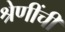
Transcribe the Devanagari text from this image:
श्रेणींची